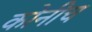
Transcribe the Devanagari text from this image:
कोनीच